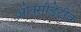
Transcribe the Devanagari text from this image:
ओक्सीडेटीव